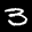
Label: 3